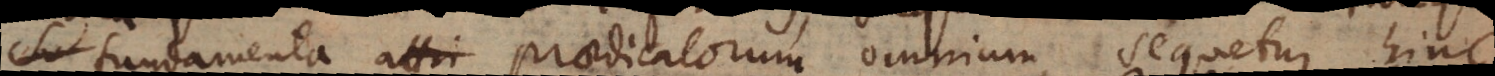
fundamenta attri praedicatorum omnium, sequetur hinc